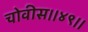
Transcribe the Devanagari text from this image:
चोवीस।।४९।।